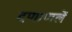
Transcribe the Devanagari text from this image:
दणाणलें